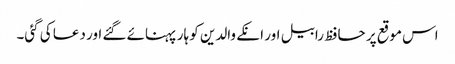
اس موقع پر حافظ رابیل اور انکے والدین کو ہار پہنائے گئے اور دعا کی گئی۔